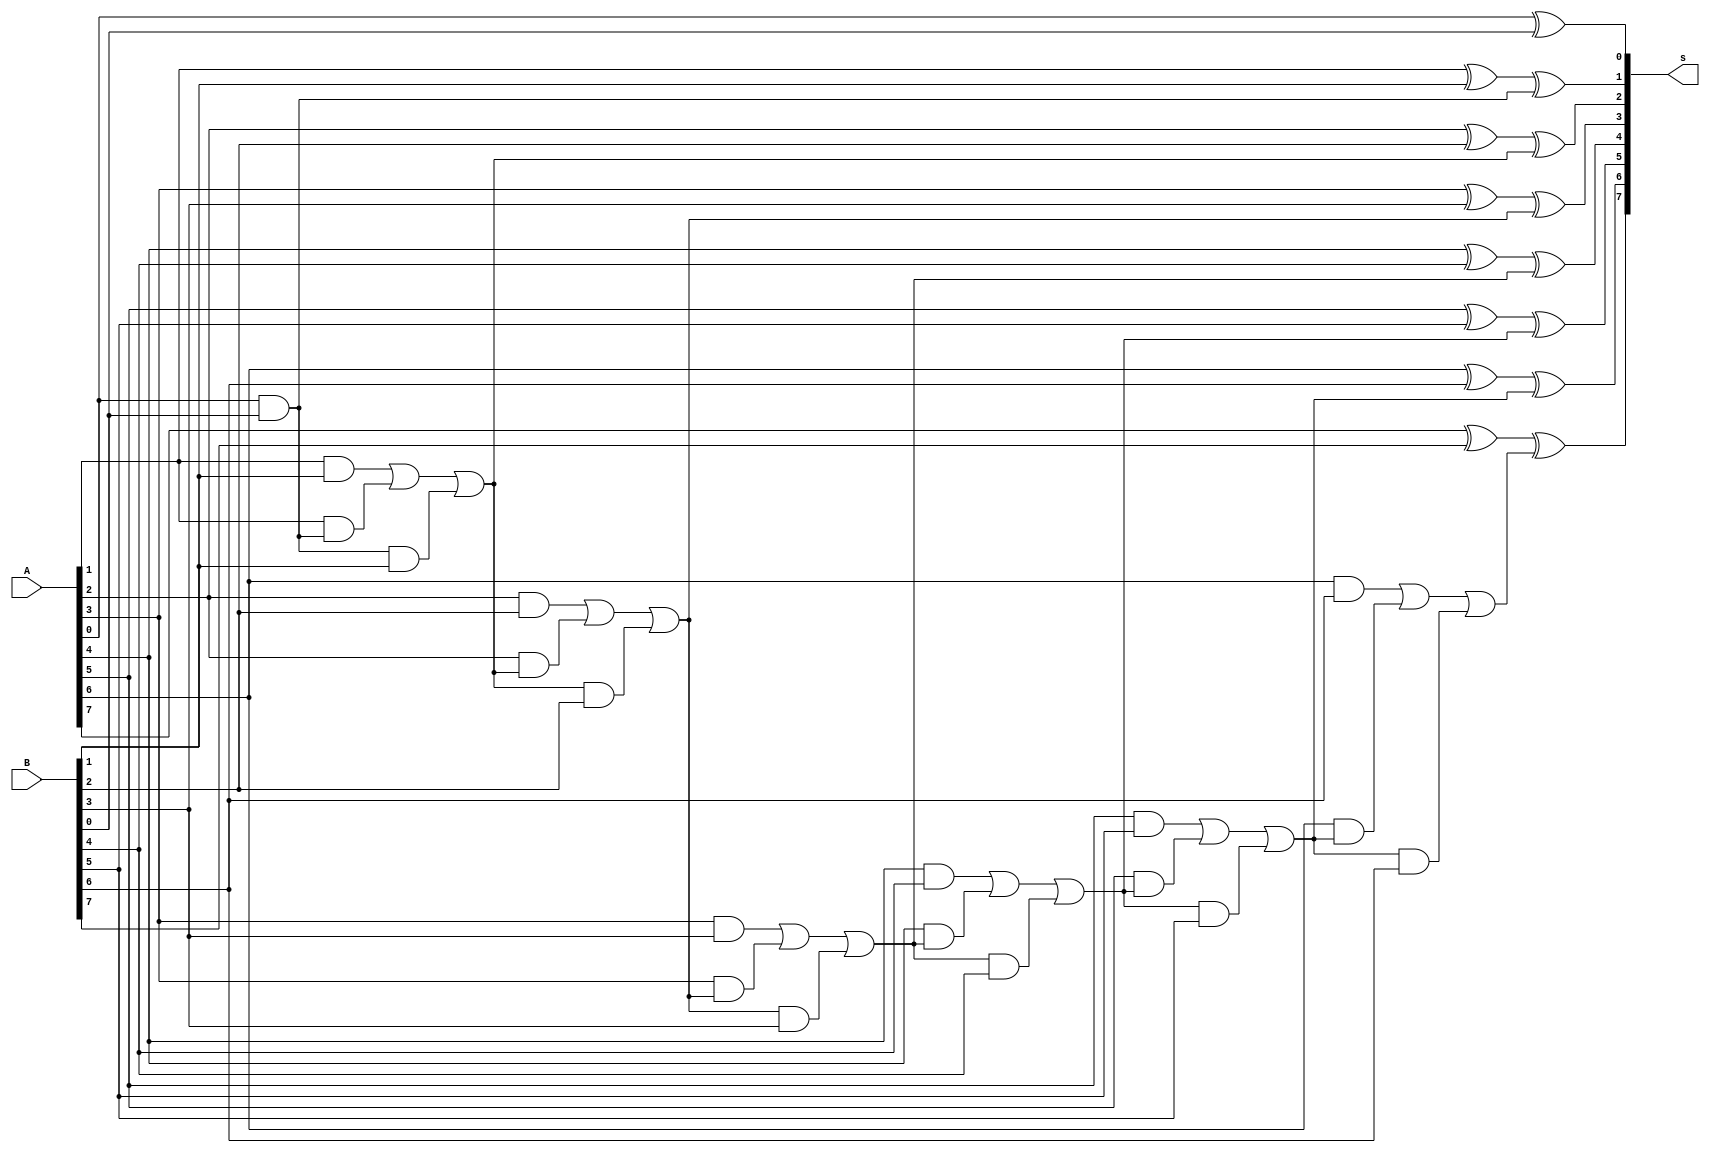
`timescale 1ns / 1ps
//////////////////////////////////////////////////////////////////////////////////
// Company: 
// Engineer: 
// 
// Design Name: 
// Module Name: fulladder
// Project Name: 
// Target Devices: 
// Tool Versions: 
// Description: 
// 
// Dependencies: 
// 
// Revision:
// Revision 0.01 - File Created
// Additional Comments:
// 
//////////////////////////////////////////////////////////////////////////////////


module fulladder  #(parameter n=8)( input [n-1:0] A, B, output [n-1:0] s);
wire [n:0]c;
assign c[0]=0;   
genvar i;
generate
for(i = 0; i < n; i = i+1)
begin
assign s[i]=A[i]^B[i]^c[i];
assign c[i+1]=(A[i]&B[i])|(A[i]&c[i])|(c[i]&B[i]);
end

endgenerate
endmodule